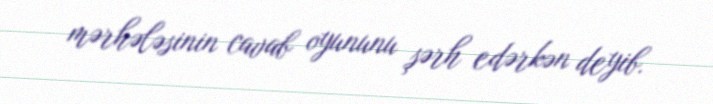
mərhələsinin cavab oyununu şərh edərkən deyib.